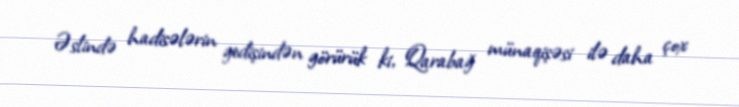
Əslində hadisələrin gedişindən görürük ki, Qarabağ münaqişəsi ilə daha çox